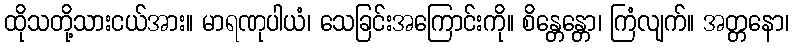
ထိုသတို့သားငယ်အား။ မာရဏုပါယံ၊ သေခြင်းအကြောင်းကို။ စိန္တေန္တော၊ ကြံလျက်။ အတ္တနော၊